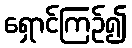
ရှောင်ကြဉ်၍